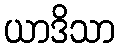
ယာဒိသာ